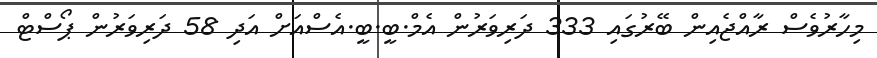
މިހާރުވެސް ރާއްޖެއިން ބޭރުގައި 333 ދަރިވަރުން އެމް.ބީ.ބީ.އެސްއަށް އަދި 58 ދަރިވަރުން ޕޯސްޓް